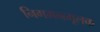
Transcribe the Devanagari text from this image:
निगमनमूलक